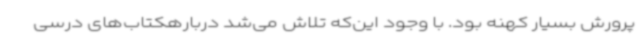
پرورش بسیار کهنه بود. با وجود این‌که تلاش می‌شد دربارهکتاب‌های درسی